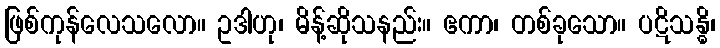
ဖြစ်ကုန်လေသလော။ ဥဒါဟု၊ မိန့်ဆိုသနည်း။ ဧကာ၊ တစ်ခုသော။ ပဋိသန္ဓိ၊